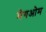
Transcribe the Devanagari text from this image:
मेगओम